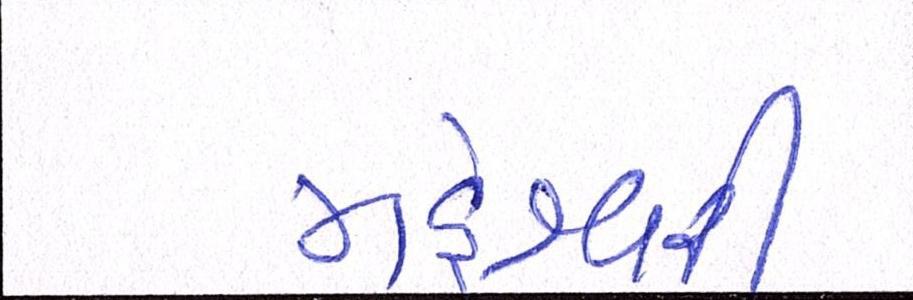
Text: મહેશ્વરી